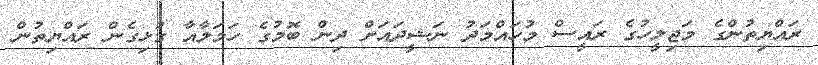
ރައްޔިތުންގެ މަޖިލީހުގެ ރައީސް މުހައްމަދު ނަޝީދައަށް ދިން ބޮމުގެ ހަމަލާއާ ގުޅިގެން ރައްޔިތުން